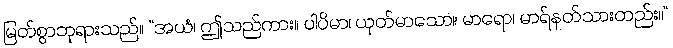
မြတ်စွာဘုရားသည်။ “အယံ၊ ဤသည်ကား။ ပါပိမာ၊ ယုတ်မာသော။ မာရော၊ မာရ်နတ်သားတည်း။”